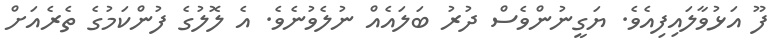
ފޫ އަޅުވާލައިފިއެވެ. ޔަގީނުންވެސް ދުރު ބަލައެއް ނުލެވުނެވެ. އެ ލޮލުގެ ފުންކަމުގެ ތެރެއަށް